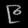
Digit: ၉